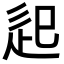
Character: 𨑔